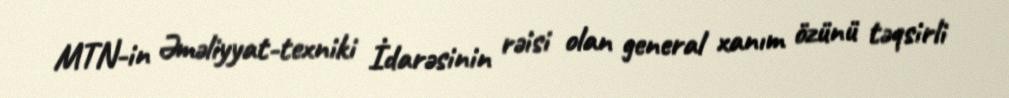
MTN-in Əməliyyat-texniki İdarəsinin rəisi olan general xanım özünü təqsirli